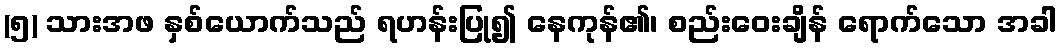
(၅) သားအဖ နှစ်ယောက်သည် ရဟန်းပြု၍ နေကုန်၏၊ စည်းဝေးချိန် ရောက်သော အခါ